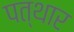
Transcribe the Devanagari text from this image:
पत्थार